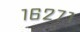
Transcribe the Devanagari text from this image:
१६२७१